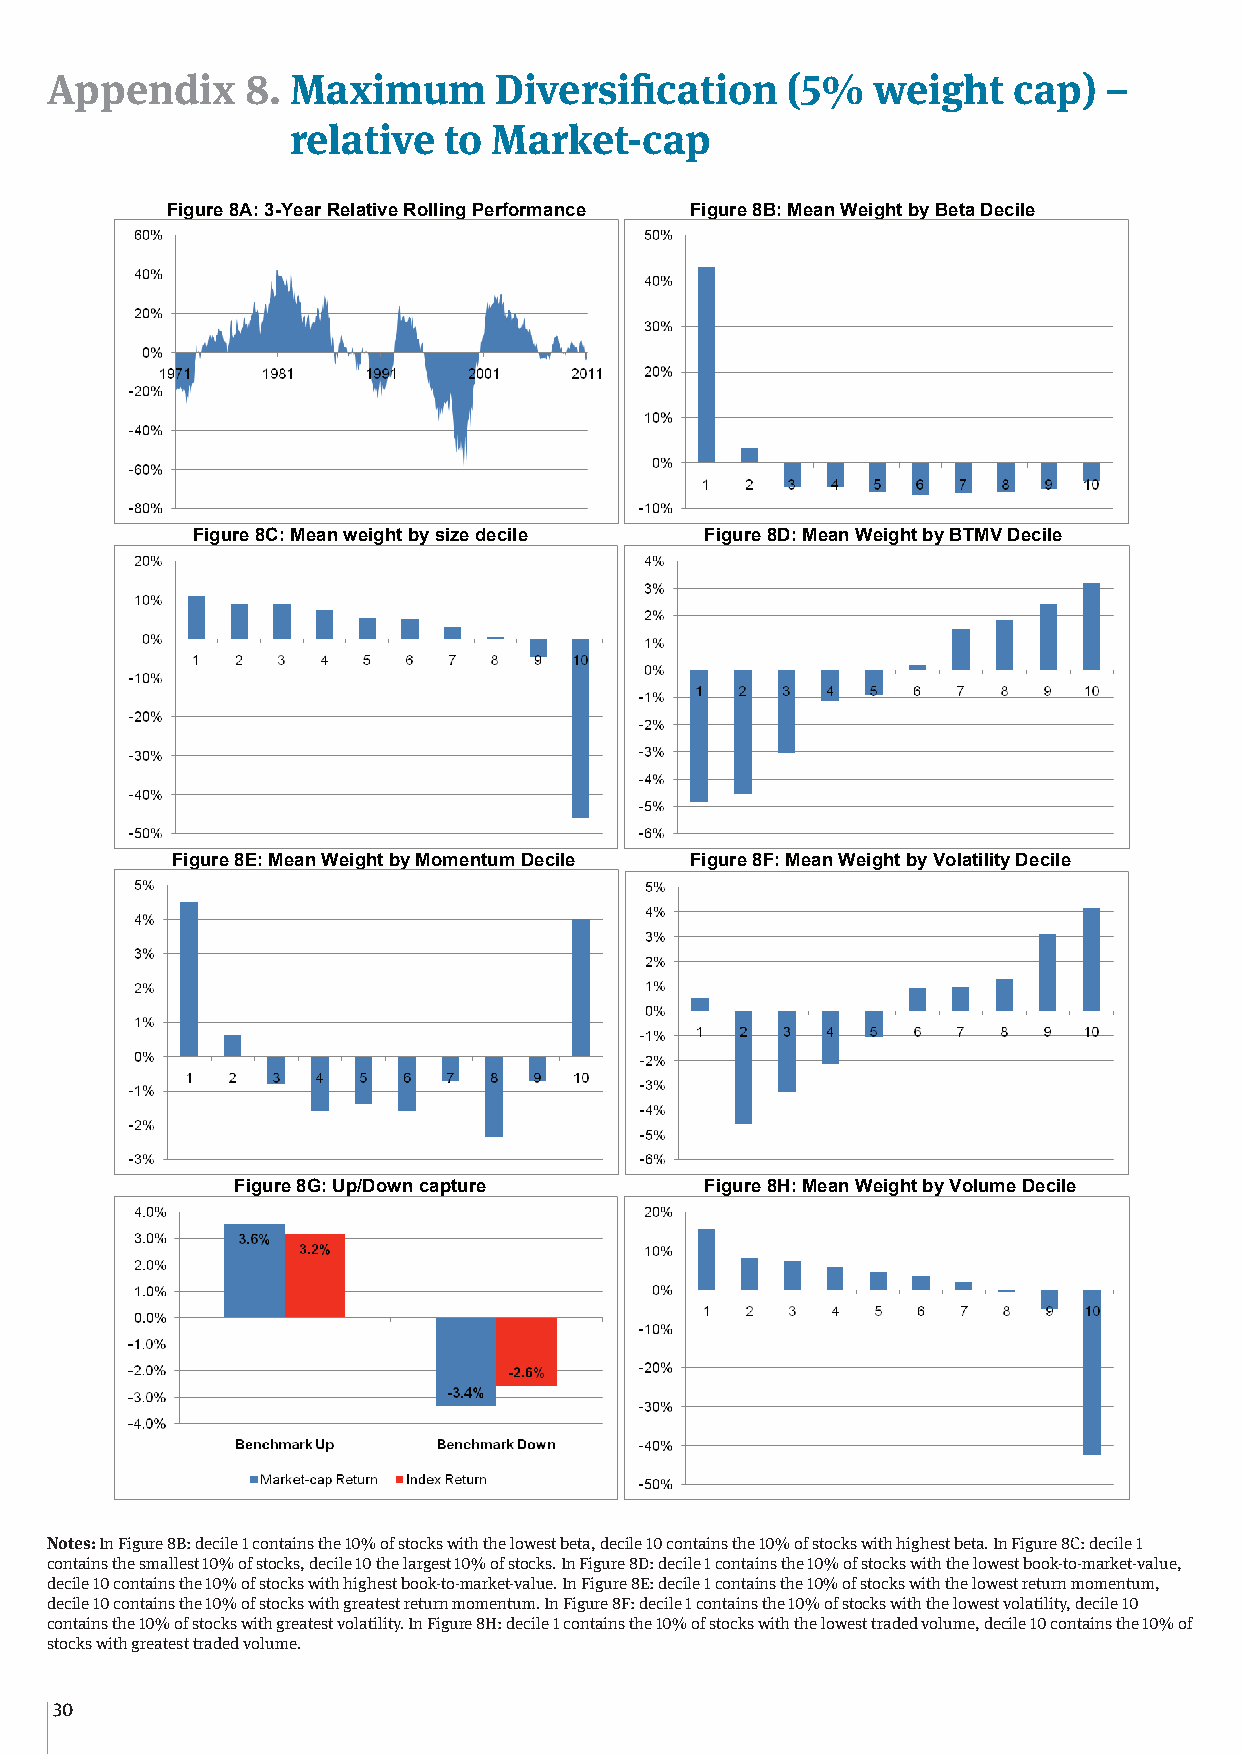
Appendix     8. Maximum       Diversification    (5%   weight   cap)  –
 relative  to  Market-cap
 Appendix 8: Maximum Diversification (5% weight cap) – relative to Market-cap
 Figure 8A: 3-Year Relative Rolling Performance Figure 8B: Mean Weight by Beta Decile
 Figure 8C: Mean weight by size decile Figure 8D: Mean Weight by BTMV Decile
 Figure 8E: Mean Weight by Momentum Decile Figure 8F: Mean Weight by Volatility Decile
 Figure 8G: Up/Down capture     Figure 8H: Mean Weight by Volume Decile
 Notes: In Figure 8B: decile 1 contains the 10% of stocks with the lowest beta, decile 10 contains the 10% of stocks with highest
 Notes: In Figure 8B: decile 1 contains the 10% of stocks with the lowest beta, decile 10 contains the 10% of stocks with highest beta. In Figure 8C: decile 1
 beta. In Figure 8C: decile 1 contains the smallest 10% of stocks, decile 10 the largest 10% of stocks. In Figure 8D: decile 1
 contains the smallest 10% of stocks, decile 10 the largest 10% of stocks. In Figure 8D: decile 1 contains the 10% of stocks with the lowest book-to-market-value,
 contains the 10% of stocks with the lowest book-to-market-value, decile 10 contains the 10% of stocks with highest book-to-
 decile 10 contains the 10% of stocks with highest book-to-market-value. In Figure 8E: decile 1 contains the 10% of stocks with the lowest return momentum,
 market-value. In Figure 8E: decile 1 contains the 10% of stocks with the lowest return momentum, decile 10 contains the 10%
 decile 10 contains the 10% of stocks with greatest return momentum. In Figure 8F: decile 1 contains the 10% of stocks with the lowest volatility, decile 10
 containosf tshteo 1c0k%s wofi tshto gckres awtieths tg rreeatutersnt vmoloamtileitny.t uInm F.i g uInre F 8iHg:u dreec 8ilFe :1 dcoenctialein 1s tchoe n10ta%in osf sthtoec k1s0 w%it ho tfh set loocwkess tw tritahd etdh ev ollouwmees, td evcoillae t1i0lit cyo, ndteaicnisle t h1e0 1 0% of
 stocks cwoitnht agirnesat ethste t r1ad0e%d voofl usmtoec.ks with greatest volatility. In Figure 8H: decile 1 contains the 10% of stocks with the lowest traded
 volume, decile 10 contains the 10% of stocks with greatest traded volume.
 30
 40